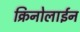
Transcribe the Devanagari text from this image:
क्रिनोलाईन